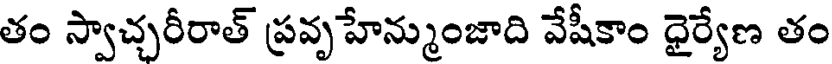
తం స్వాచ్చరీరాత్ ప్రవృహేన్ముంజాది వేషీకాం ధైర్యేణ తం